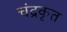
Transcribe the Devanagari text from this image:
चंद्रकृत